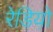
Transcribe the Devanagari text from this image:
रेडियो़